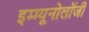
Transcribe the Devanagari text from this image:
इम्म्यूनोलॉजी